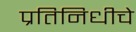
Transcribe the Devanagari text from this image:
प्रतिनिधीचे